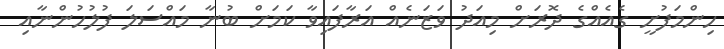
ހިންމަފުށީ ގެއެއްގެ ދޮރަށް މިއަދު ވަޒަނެއް އަރާފައިވާ ކަމަށް ބުނާ މައްސަލަ ފުލުހުންނާއި